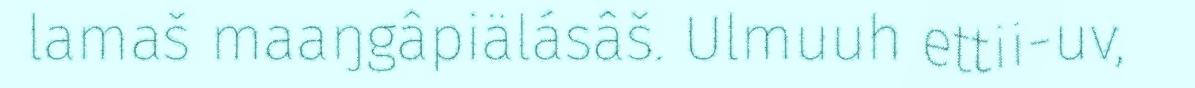
lamaš maaŋgâpiälásâš. Ulmuuh ettii-uv,